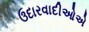
ઉદારવાદીઓએ